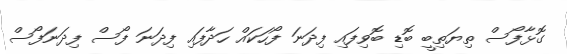
ގޮޅާފޯސް ތިޔަތިބީ ބޮޑި ބޮވިފައި ފިދަނަ ފޯހަކައް ހަދާފައި ފިދަނަ ފޯސް ފިދަނަފޯސް